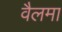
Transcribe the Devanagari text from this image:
वैलमा